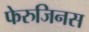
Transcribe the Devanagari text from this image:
फेरुजिनस